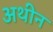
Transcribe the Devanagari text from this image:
अथीन